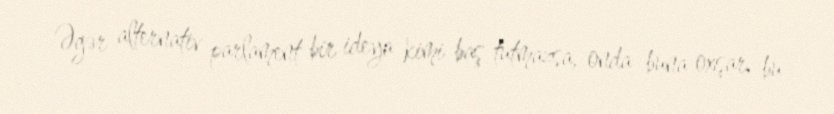
Əgər alternativ parlament bir ideya kimi baş tutmazsa, onda buna oxşar, bu